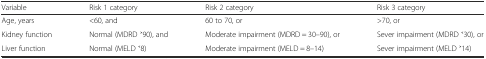
| Variable | Risk 1 category | Risk 2 category | Risk 3 category |
 | --- | --- | --- | --- |
 | Age, years | <60, and | 60 to 70, or | >70, or |
 | Kidney function | Normal (MDRD ˃90), and | Moderate impairment (MDRD = 30–90), or | Sever impairment (MDRD ˂30), or |
 | Liver function | Normal (MELD ˂8) | Moderate impairment (MELD = 8–14) | Sever impairment (MELD ˃14) |